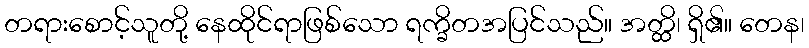
တရားစောင့်သူတို့ နေထိုင်ရာဖြစ်သော ရက္ခိတအပြင်သည်။ အတ္ထိ၊ ရှိ၏။ တေန၊